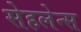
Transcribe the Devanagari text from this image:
सेहलेन्स